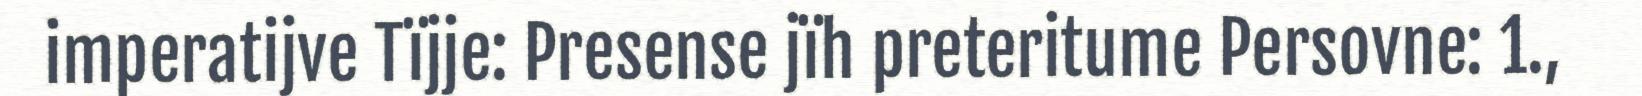
imperatijve Tïjje: Presense jïh preteritume Persovne: 1.,